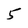
Character: 5